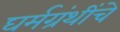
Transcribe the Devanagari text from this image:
घर्मग्रंथींचे